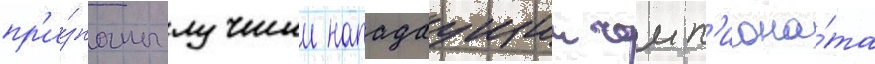
пр'и́знаны лучшии нападаущии чемп'иона́та